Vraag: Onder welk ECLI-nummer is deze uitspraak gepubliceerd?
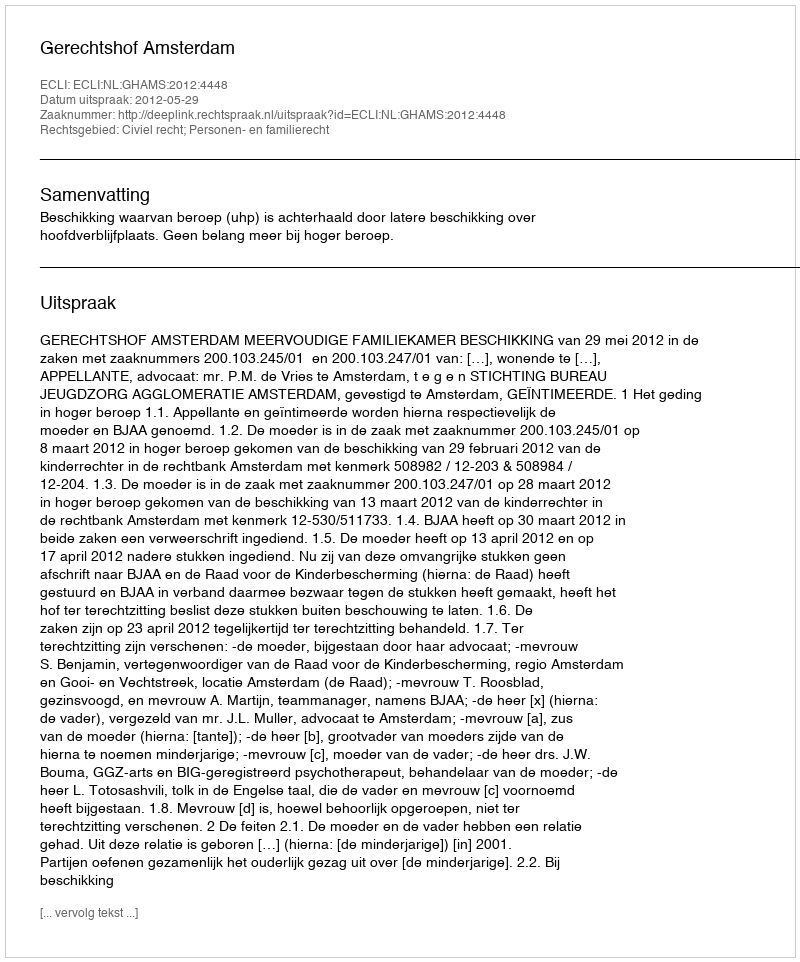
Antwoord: ECLI:NL:GHAMS:2012:4448